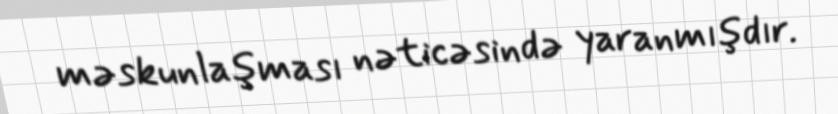
məskunlaşması nəticəsində yaranmışdır.